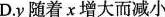
D.y随着x增大而减小